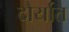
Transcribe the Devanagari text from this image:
दौर्यात